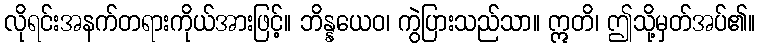
လိုရင်းအနက်တရားကိုယ်အားဖြင့်။ ဘိန္နယေဝ၊ ကွဲပြားသည်သာ။ ဣတိ၊ ဤသို့မှတ်အပ်၏။